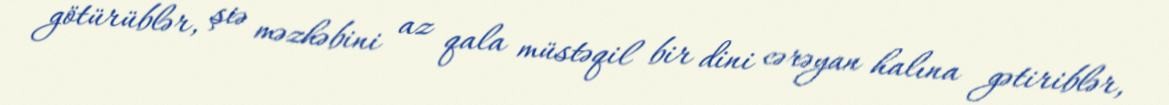
götürüblər, şiə məzhəbini az qala müstəqil bir dini cərəyan halına gətiriblər,